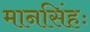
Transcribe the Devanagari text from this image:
मानसिंहः